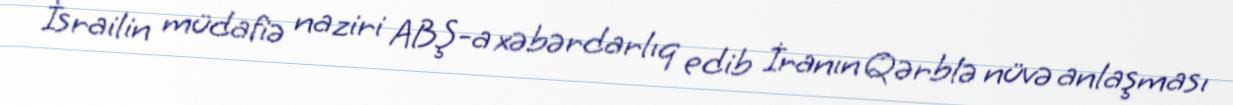
İsrailin müdafiə naziri ABŞ-a xəbərdarlıq edib İranın Qərblə nüvə anlaşması